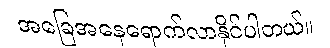
အခြေအနေရောက်လာနိုင်ပါတယ်။